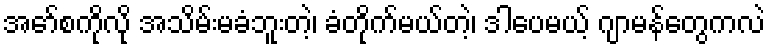
အော်စကိုလို အသိမ်းမခံဘူးတဲ့၊ ခံတိုက်မယ်တဲ့၊ ဒါပေမယ့် ဂျာမန်တွေကလဲ